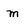
Character: m